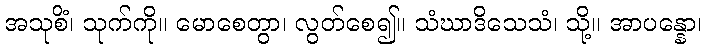
အသုစိံ၊ သုက်ကို။ မောစေတွာ၊ လွတ်စေ၍။ သံဃာဒိသေသံ၊ သို့။ အာပန္နော၊